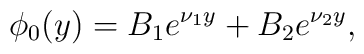
\phi_0(y) = B_1 e^{\nu_1 y}+B_2 e^{\nu_2 y},